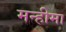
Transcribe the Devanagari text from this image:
मन्हीमा